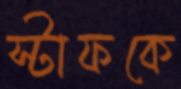
স্টাফকে